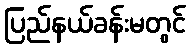
ပြည်နယ်ခန်းမတွင်